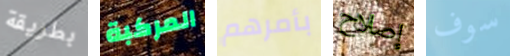
بطريقة المركبة بأمرهم إصلاح سوف